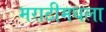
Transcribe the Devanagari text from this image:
मराठीमधला